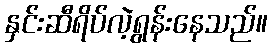
နှင်းဆီရိပ်လဲ့ရွန်းနေသည်။